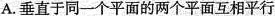
A.垂直于同一个平面的两个平面互相平行